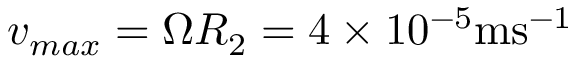
v _ { m a x } = \Omega R _ { 2 } = 4 \times 1 0 ^ { - 5 } \mathrm { m s ^ { - 1 } }